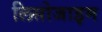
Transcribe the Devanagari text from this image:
लिसोजाइम